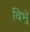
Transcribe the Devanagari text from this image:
विभुं